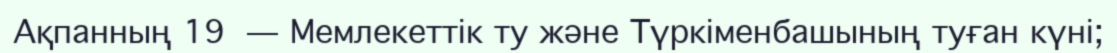
Ақпанның 19 — Мемлекеттік ту және Түркіменбашының туған күні;